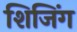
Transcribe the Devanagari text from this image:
शिजिंग